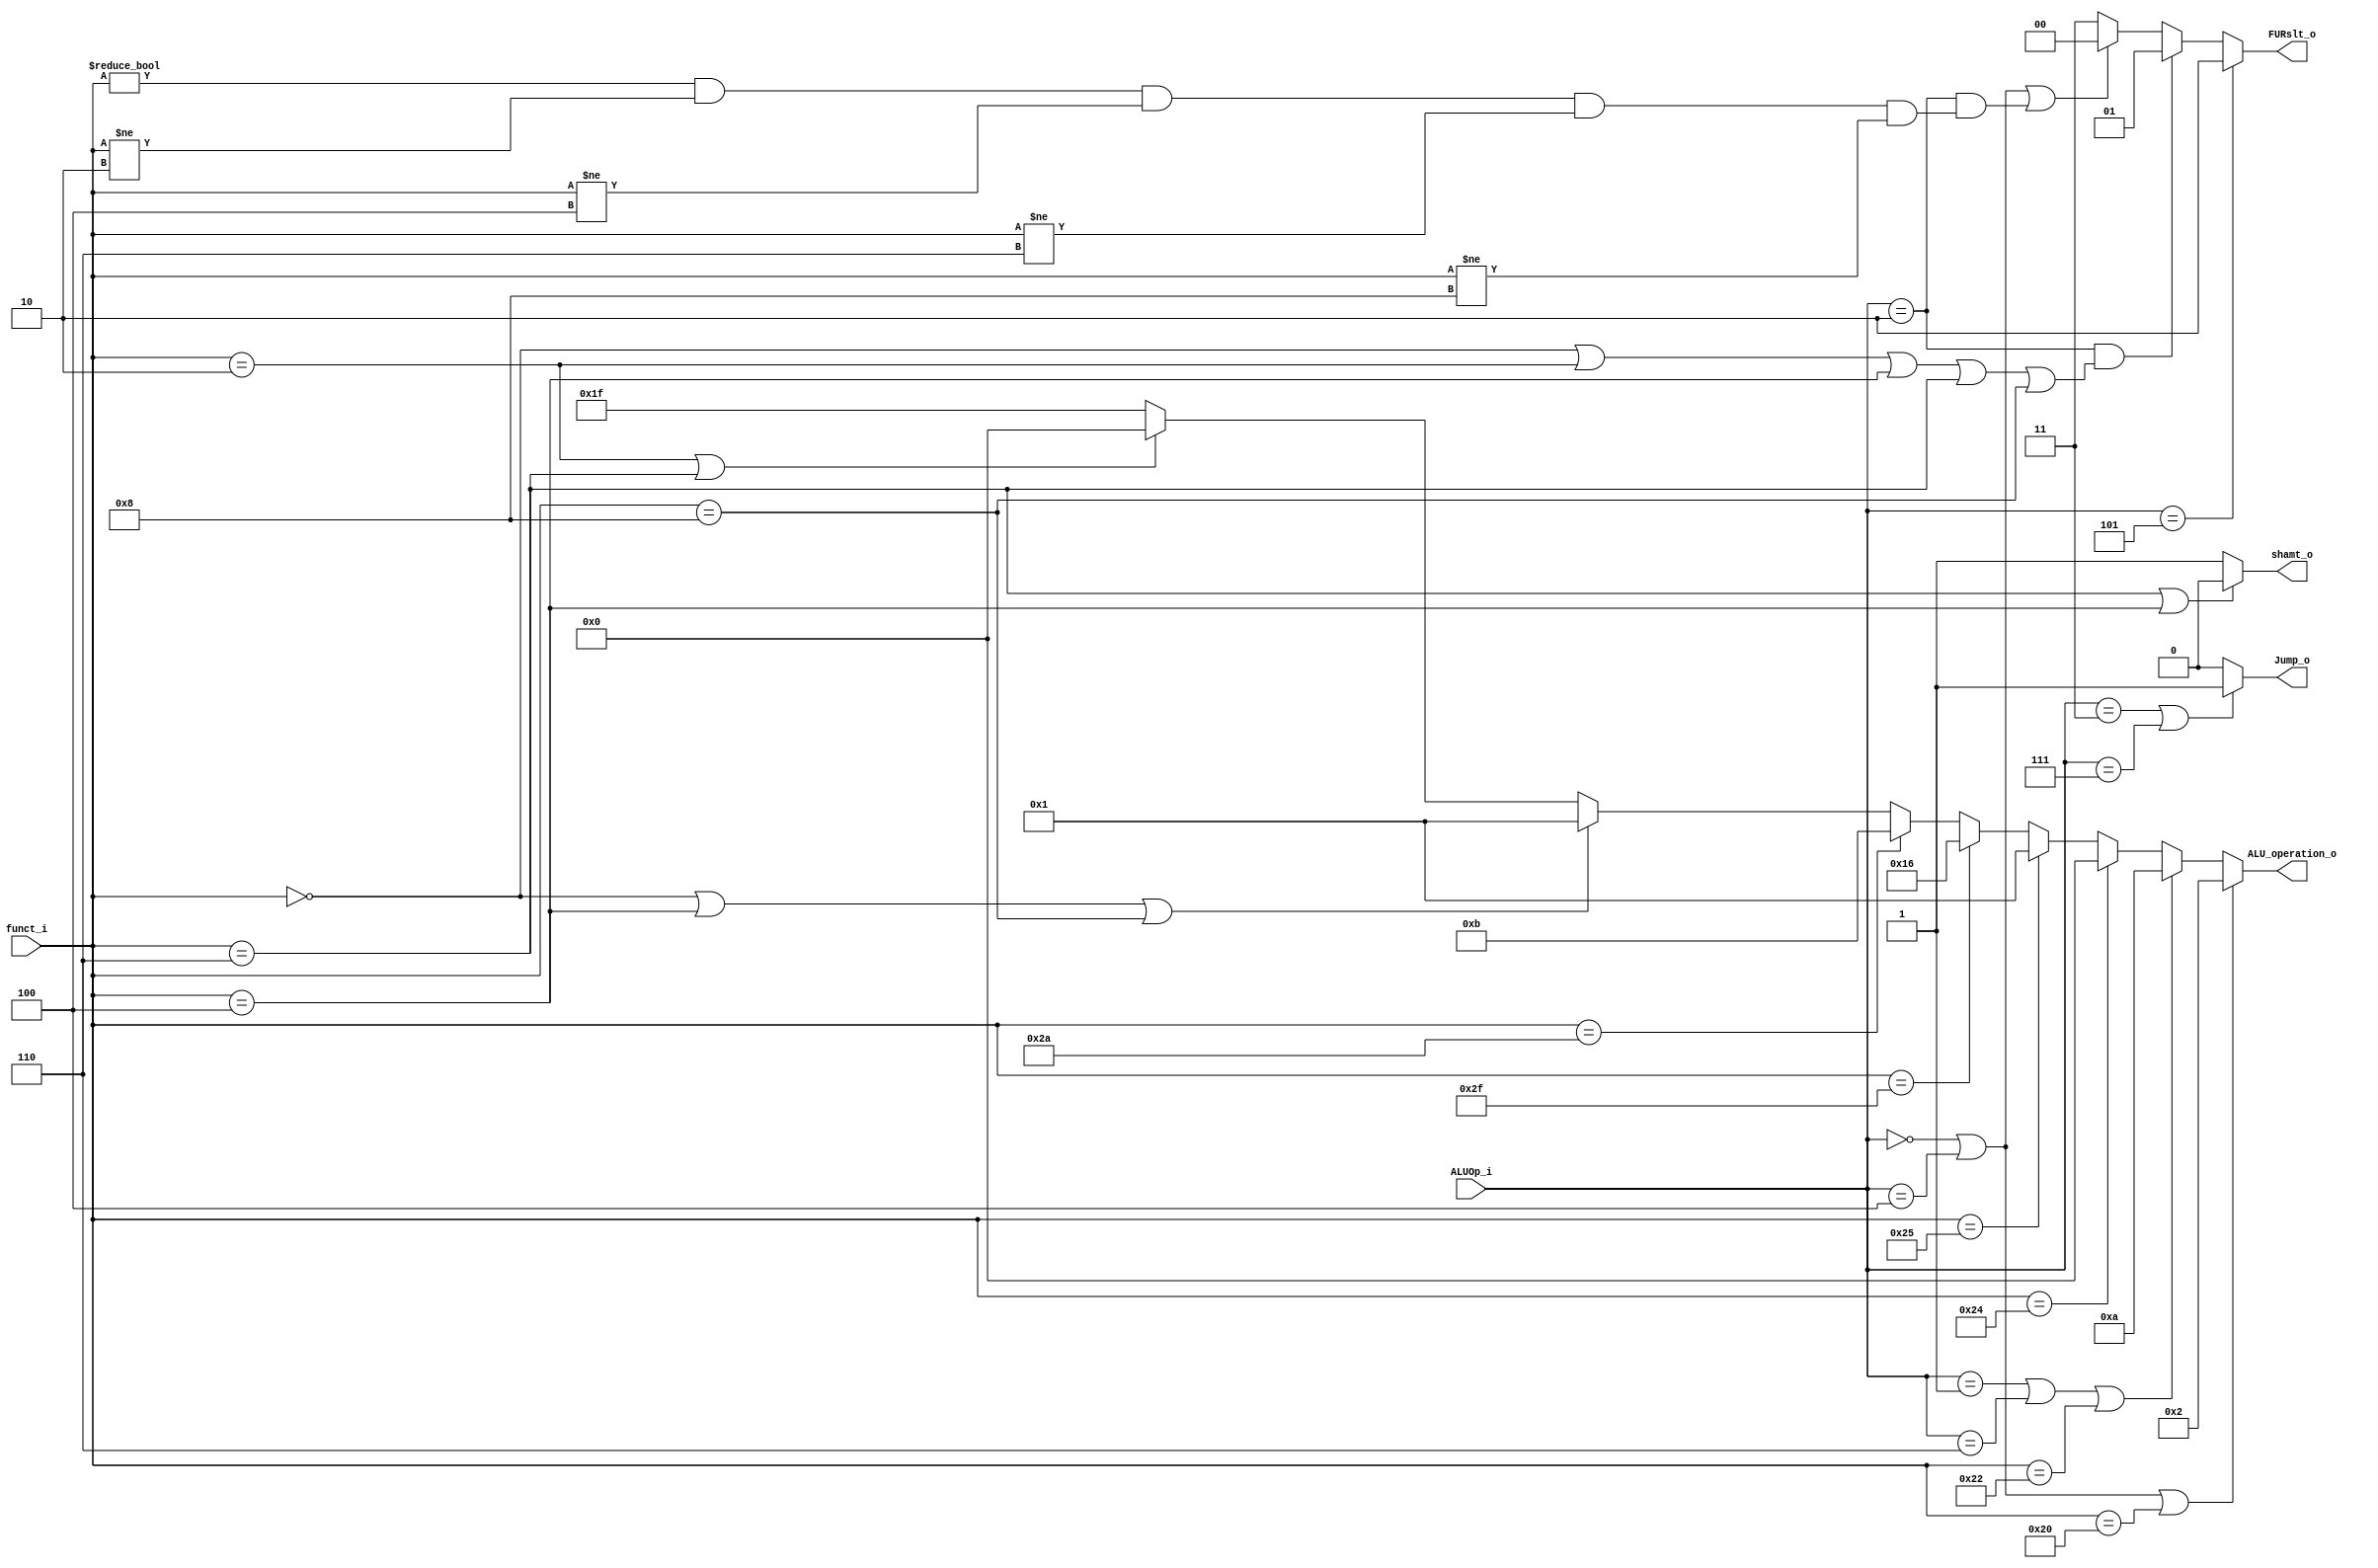
module ALU_Ctrl( funct_i, ALUOp_i, ALU_operation_o, FURslt_o,shamt_o, Jump_o);

//I/O ports 
input      [6-1:0] funct_i;
input      [3-1:0] ALUOp_i;

output  wire	[5-1:0] ALU_operation_o;  
output  wire	[2-1:0] FURslt_o;
output  wire	shamt_o;
output	wire	Jump_o;

//Internal Signals

//Main function
/*your code here*/
assign FURslt_o =	(ALUOp_i == 3'd5)?2'd2:										//lui: 2
							((ALUOp_i==3'd2)&&(funct_i == 6'd0 || funct_i == 6'd2 || funct_i==6'd4 || funct_i==6'd6||funct_i==6'd8))?2'd1:	 //Shifting: 1
							((ALUOp_i==3'd0) || (ALUOp_i == 3'd4) || ((ALUOp_i==3'd2)&&(funct_i!=6'd0 && funct_i!=6'd2 && funct_i!=6'd4 && funct_i!=6'd6 && funct_i!=6'd8)))?2'd0://other R-type exclude shifting, jr
							2'd3;			//default: 3

assign	ALU_operation_o =	(ALUOp_i==3'd0||ALUOp_i==3'd4 || funct_i==6'd32)?5'b00010:		//lw,sw,addi
											(ALUOp_i==3'd1||ALUOp_i==3'd6||funct_i==6'd34)?5'b01010:			//beq, bne, sub
											(funct_i==6'd36)?5'b00000:
											(funct_i==6'd37)?5'b00001:
											(funct_i==6'd47)?5'b10110:
											(funct_i==6'd42)?5'b01011:
											(funct_i==6'd0||funct_i==6'd4||funct_i==6'd8)?5'd1:		//1 (represent leftRight when fucntion is sll/srl) left //6'b000100=left 6'b000110=right
											(funct_i==6'd2||funct_i==6'd6)?5'd0:		//0 (represent leftRight when fucntion is sll/srl) right
											5'b11111;//default
									
assign 	shamt_o = (funct_i==6'b000110||funct_i==6'b000100)?0:1;		//sllv, srlv: 0 (Advancedshift<BONUS>)

assign	Jump_o = 	//(ALUOp_i==3'd2 && funct_i==6'd8)?2'd2:					//PC = $ra (reg[$rs])
								(ALUOp_i==3'd3 || ALUOp_i==3'd7)?1'd1:					//jal, jump: PC = instruction[31:28]:...
								1'd0;																			//defualt : 0
							

						
endmodule